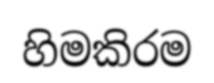
හිමකිරම